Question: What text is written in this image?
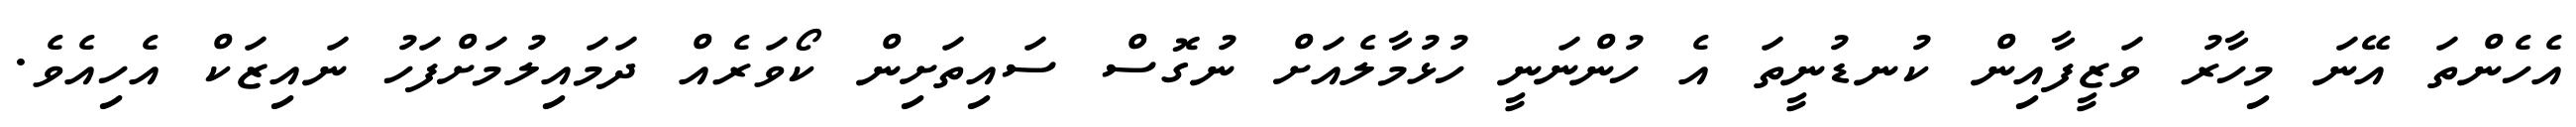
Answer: އެހެންތަ އޭނަ މިހާރު ވަޒީފާއިން ކުނޑުނީތަ އެ ހުންނަނީ ހުޅުމާލެއަށް ނުގޮސް ސައިތަށިން ކޯވަރެއް ދަމައިލުމަށްފަހު ނައިޒަކް އެހިއެވެ.